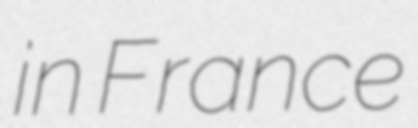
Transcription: in France